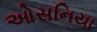
ઓસનિયા